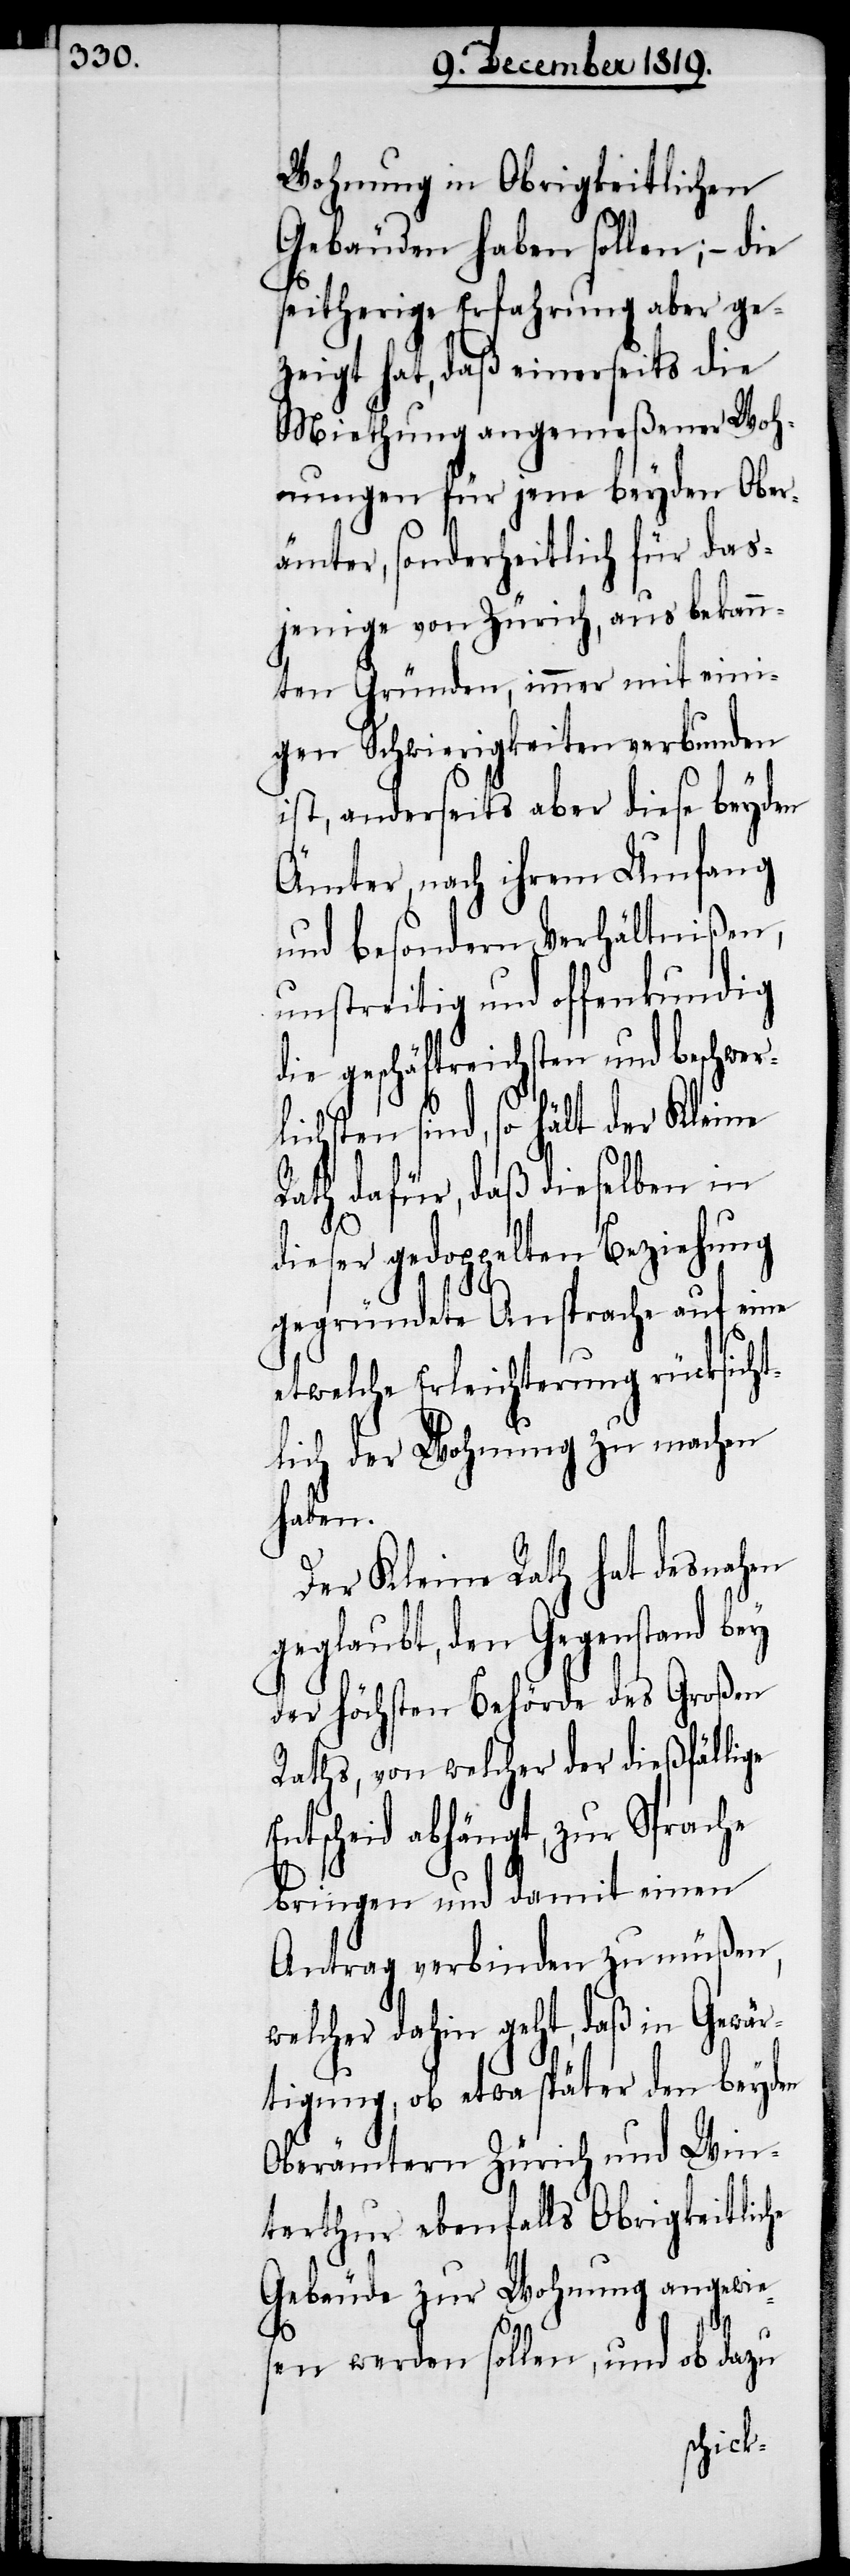
Wohnung in Obrigkeitlichen
Gebäuden haben sollen; – die
seitherige Erfahrung aber ge¬
zeigt hat, daß einerseits die
Miethung angemeßener Woh¬
nungen für jene beyden Ober¬
ämter, sonderheitlich für das¬
jenige von Zürich, aus bekann¬
ten Gründen, immer mit eini¬
gen Schwierigkeiten verbunden
ist, anderseits aber diese beyden
Ämter, nach ihrem Umfang
und besondern Verhältnißen,
unstreitig und offenkundig
die geschäftreichsten und beschwer¬
lichsten sind, so hält der Kleine
Rath dafür, daß dieselben in
dieser gedoppelten Beziehung
gegründete Ansprache auf eine
etwelche Erleichterung rücksicht¬
lich der Wohnung zu machen
haben.
Der Kleine Rath hat desnahen
geglaubt, den Gegenstand bey
der höchsten Behörde des Großen
Raths, von welcher der dießfällige
Entscheid abhängt, zur Sprache
bringen und damit einen
Antrag verbinden zu müßen,
welcher dahin geht, daß in Gewär¬
tigung, ob etwa später den beyden
Oberämtern Zürich und Win¬
terthur ebenfalls Obrigkeitliche
Gebäude zur Wohnung angewie¬
sen werden sollen, und ob dazu